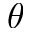
\theta